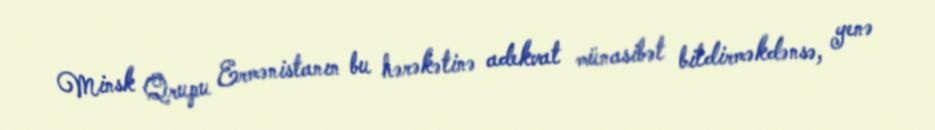
Minsk Qrupu Ermənistanın bu hərəkətinə adekvat münasibət bildirməkdənsə, yenə